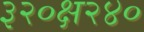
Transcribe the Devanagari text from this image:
३२०क्ष२४०